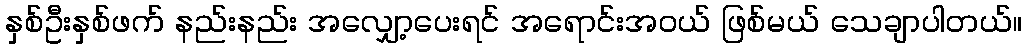
နှစ်ဦးနှစ်ဖက် နည်းနည်း အလျှော့ပေးရင် အရောင်းအဝယ် ဖြစ်မယ် သေချာပါတယ်။